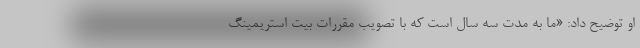
او توضیح داد: «ما به مدت سه سال است که با تصویب مقررات بیت استریمینگ